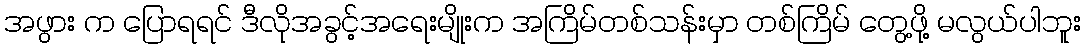
အဖွား က ပြောရရင် ဒီလိုအခွင့်အရေးမျိုးက အကြိမ်တစ်သန်းမှာ တစ်ကြိမ် တွေ့ဖို့ မလွယ်ပါဘူး